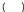
( )